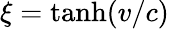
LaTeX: \xi=\operatorname{tanh}(v/c)